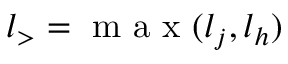
{ l } _ { > } = \mathrm { ~ m ~ a ~ x ~ } ( { { l } _ { j } , { l } _ { h } } )